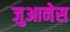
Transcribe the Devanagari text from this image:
जुआनेस